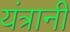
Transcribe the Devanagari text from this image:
यंत्रानी